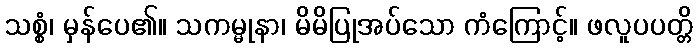
သစ္စံ၊ မှန်ပေ၏။ သကမ္မုနာ၊ မိမိပြုအပ်သော ကံကြောင့်။ ဖလူပပတ္တိ